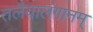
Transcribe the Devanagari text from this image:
तलैयालंगानम्